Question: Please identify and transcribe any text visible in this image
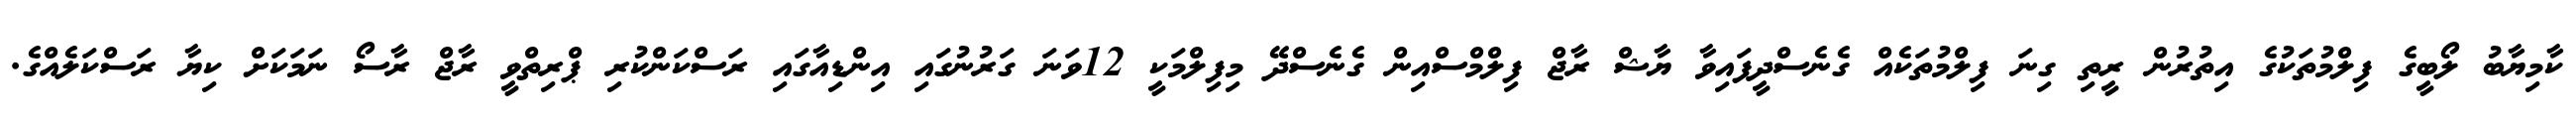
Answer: ކާމިޔާބު ލޯބީގެ ފިލްމުތަކުގެ އިތުރުން ރީތި ގިނަ ފިލްމުތަކެއް ގެނެސްދީފައިވާ ޔާޝް ރާޖް ފިލްމްސްއިން ގެނެސްދޭ މިފިލްމަކީ 12ވަނަ ގަރުނުގައި އިންޑިއާގައި ރަސްކަންކުރި ޕްރިތްވީ ރާޖް ރާސޯ ނަމަކަށް ކިޔާ ރަސްކަލެއްގެ.